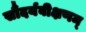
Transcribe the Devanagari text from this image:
सौंदर्यवीक्षणम्